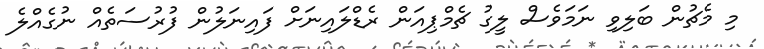
މި މެޗުން ބަލިވި ނަމަވެސް ލީގު ޗެމްޕިއަން ރެޑްލައިނަށް ފައިނަލުން ފުރުސަތެއް ނުގެއްލެ